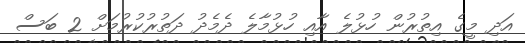
އަދި މީގެ އިތުރުން ހުޅުލެ އާއި ހުޅުމާލެ ދެމެދު ދަތުރުކުރުމަށް 2 ބަސް